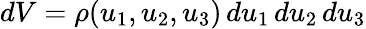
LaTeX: dV=\rho(u_{1},u_{2},u_{3})\, du_{1}\, du_{2}\, du_{3}